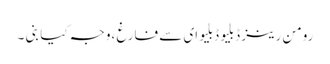
رومن رینز ڈبلیو ڈبلیو ای سے فارغ ،وجہ کیا بنی ۔